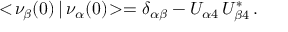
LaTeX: < \! \nu _ { \beta } ( 0 ) \, | \, \nu _ { \alpha } ( 0 ) \! > = \delta _ { \alpha \beta } - U _ { \alpha 4 } \, U _ { \beta 4 } ^ { * } \, .